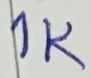
Text: 1K